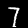
Digit: 7